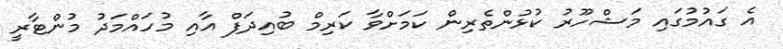
އެ ގައުމުގައި މަޝްހޫރު ކުޅުންތެރިން ކަމަށްވާ ކަރިމް ބުއިދަފް އާއި މުހައްމަދު މުންޓާރީ